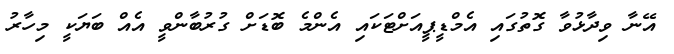
އޭނާ ވިދާޅުވާ ގޮތުގައި އެމްޑީޕީއަށްޓަކައި އެންމެ ބޮޑަށް ގުރުބާންވީ އެއް ބަޔަކީ މިހާރު